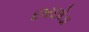
છરછોડા